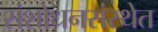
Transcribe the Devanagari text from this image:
संशोधनसंस्थेत